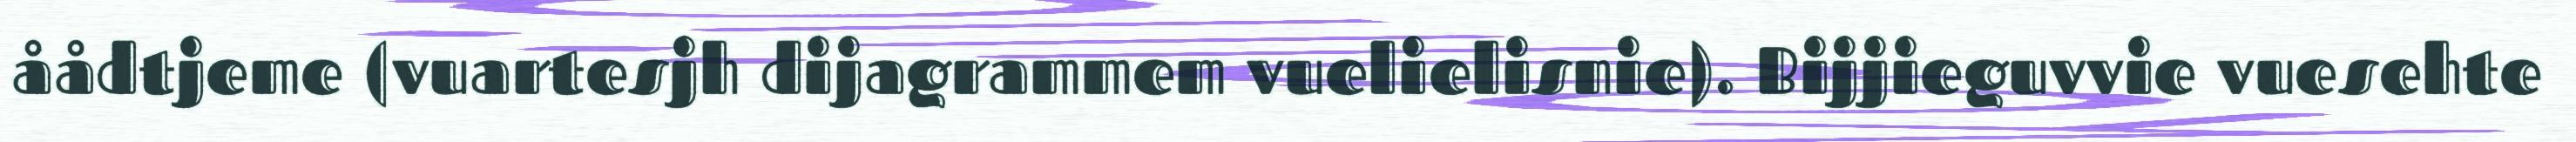
åådtjeme (vuartesjh dijagrammem vuelielisnie). Bijjieguvvie vuesehte